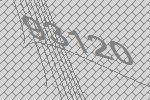
93120